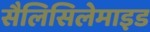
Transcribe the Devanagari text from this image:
सैलिसिलेमाइड